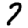
Digit: 7